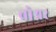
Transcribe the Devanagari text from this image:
ब्रोश्नर